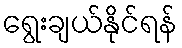
ရွေးချယ်နိုင်ရန်